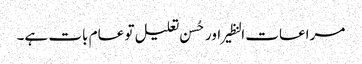
مراعات النظیر اور حُسن تعلیل تو عام بات ہے۔